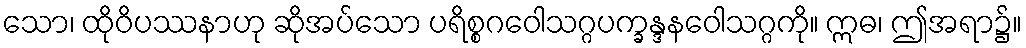
သော၊ ထိုဝိပဿနာဟု ဆိုအပ်သော ပရိစ္စဂဝေါသဂ္ဂပက္ခန္ဒနဝေါသဂ္ဂကို။ ဣဓ၊ ဤအရာ၌။